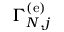
\Gamma _ { N , j } ^ { \left( \mathrm { e } \right) }